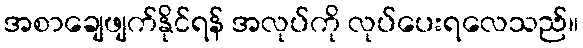
အစာချေဖျက်နိုင်ရန် အလုပ်ကို လုပ်ပေးရလေသည်။